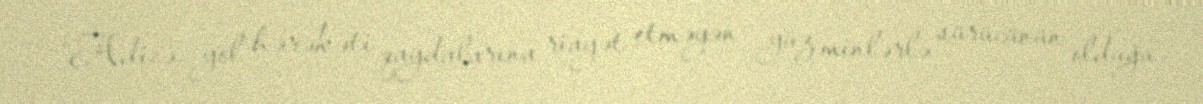
“Adicə yol hərəkəti qaydalarına riayət etməyən yüz minlərlə sürücünün olduğu